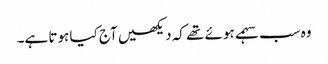
وہ سب سہمے ہوئے تھے کہ دیکھیں آج کیا ہوتا ہے۔